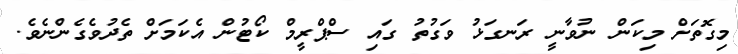
މިގޮތަށް މިކަން ނުވާނީ ރަނގަޅު ވަގުތު ގައި ސްޕްރީމް ކޯޓުން އެކަމަށް ތެދުވެގެންނެވެ.